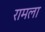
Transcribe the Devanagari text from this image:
रामला